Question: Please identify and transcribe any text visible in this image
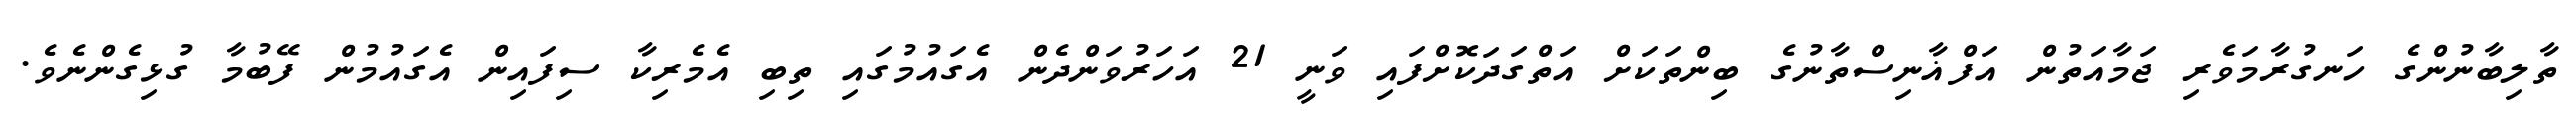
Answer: ތާލިބާނުންގެ ހަނގުރާމަވެރި ޖަމާއަތުން އަފްޣާނިސްތާނުގެ ބިންތަކަށް އަތްގަދަކޮށްފައި ވަނީ 21 އަހަރުވަންދެން އެގައުމުގައި ތިބި އެމެރިކާ ސިފައިން އެގައުމުން ފޭބުމާ ގުޅިގެންނެވެ.